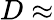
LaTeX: D\approx